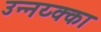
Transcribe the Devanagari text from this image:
उन्नय्क्का